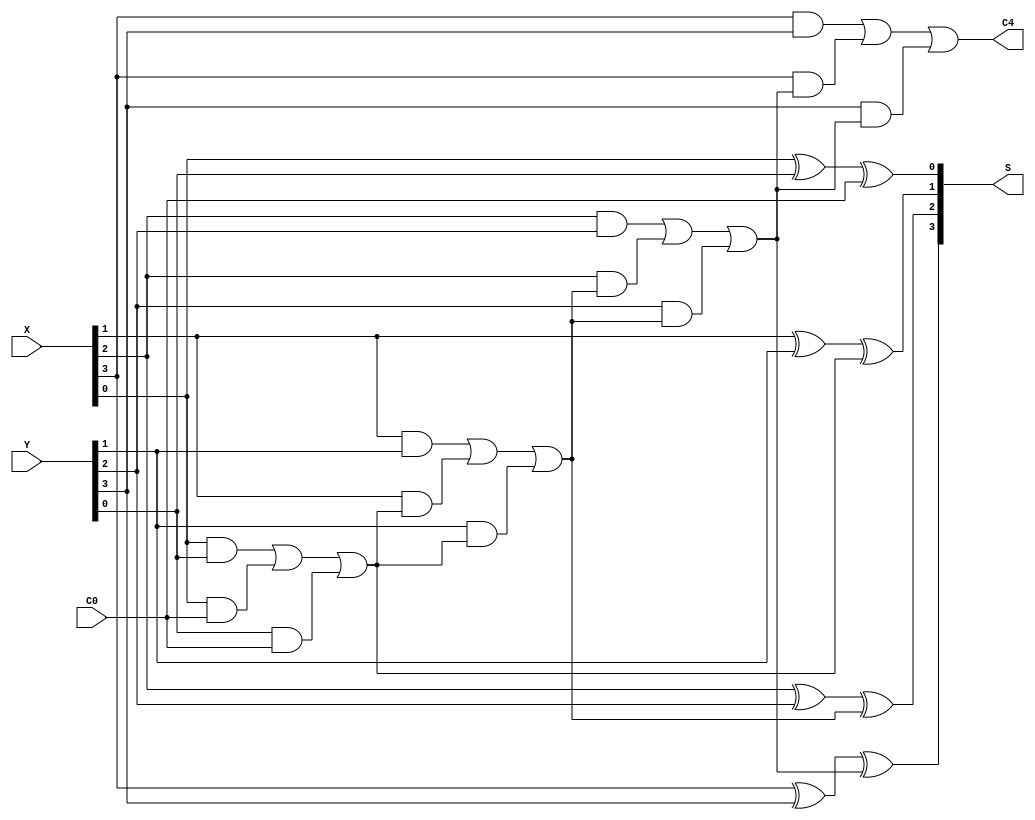
module FourBitFullAdder(C0, X, Y, S, C4);
    input C0;
    input [3:0] X, Y;
    output C4;
    output [3:0] S;

    reg [3:0] S;
    reg CARRY, C4;
    integer i;

    always @(C0 or X or Y or CARRY)
        begin
            CARRY = C0;
            for (i = 0; i < 4; i = i + 1)
                begin S[i] = X[i] ^ Y[i] ^ CARRY;
                CARRY = (X[i] & Y[i]) |
                        (X[i] & CARRY) |
                        (Y[i] & CARRY);
                end
            C4 = CARRY;
        end
endmodule